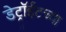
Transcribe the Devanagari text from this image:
डेट्रॉईटच्या